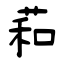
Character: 萂